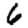
Digit: 6